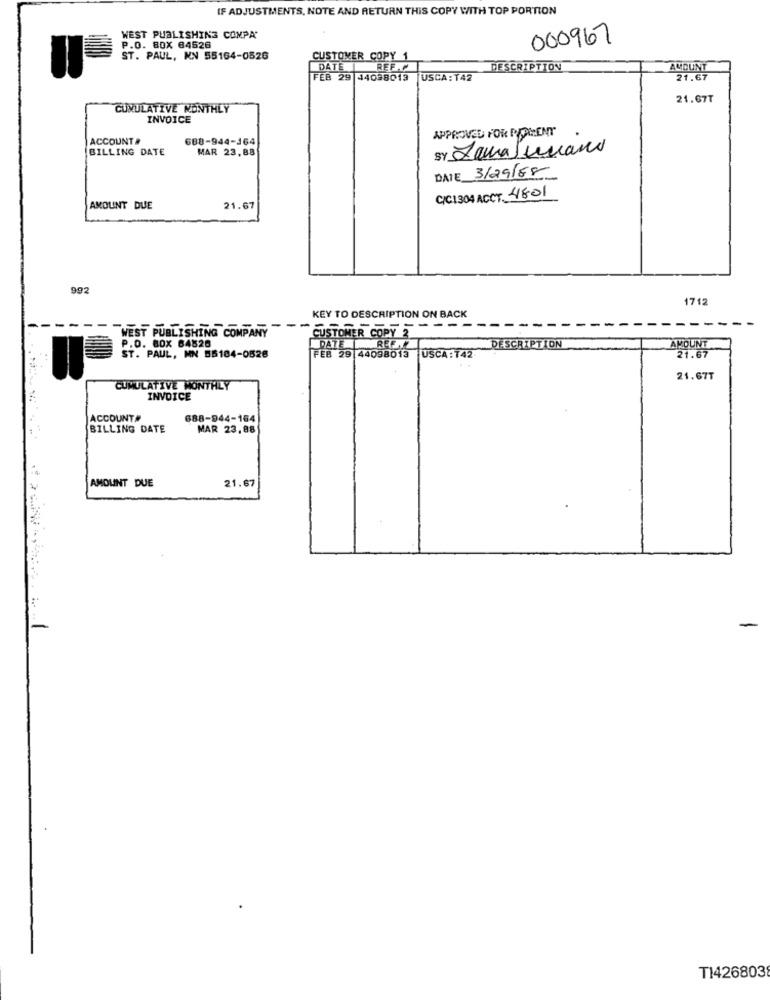
IF ADJUSTMENTS, NOTE AND RETURN THIS COPY WITH TOP PORTION
WEST PUBLISHING COMPA'
000967
P.O. 80X 64526
ST. PAUL, MN 55164-0526
CUSTOMER COPY
DATE
REFAC
DESCRIPTION
AMOUNT
FEB 29 44098019 |USCA:142
21.67
21.67T
CUMULATIVE MONTHLY
INVOICE
APPROVED FOR PARENT
ACCOUNT #
688-944-164
BILLING DATE
MAR 23,88
SY Laura Sumano
DATE 3/29/88
C/C1304 ACCT. 4801
AMOUNT DUE
21.67
992
1712
KEY TO DESCRIPTION ON BACK
WEST PUBLISHING COMPANY
CUSTOMER COPY-
P.O. BOX 64828
ST. PAUL, MN 55104-0526
DATE |REC
DESCRIPTION
AMOUNT
FEB 29 44098013 USCA:142
21.67
21.67T
CUMULATIVE MONTHLY
INVOICE
ACCOUNT#
688-944-164
BILLING DATE
MAR 23,88
AMOUNT DUE
21.67
-
T1426803